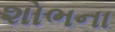
શોભના